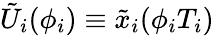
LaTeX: \tilde{U}_{i}(\phi_{i})\equiv\tilde{x}_{i}(\phi_{i}T_{i})